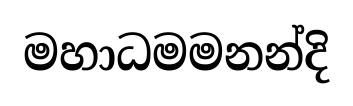
මහාධමමනන්දි